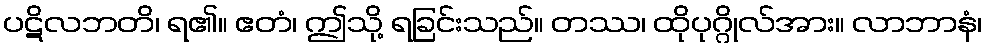
ပဋိလဘတိ၊ ရ၏။ ဧတံ၊ ဤသို့ ရခြင်းသည်။ တဿ၊ ထိုပုဂ္ဂိုလ်အား။ လာဘာနံ၊